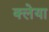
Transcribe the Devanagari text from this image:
क्लेया